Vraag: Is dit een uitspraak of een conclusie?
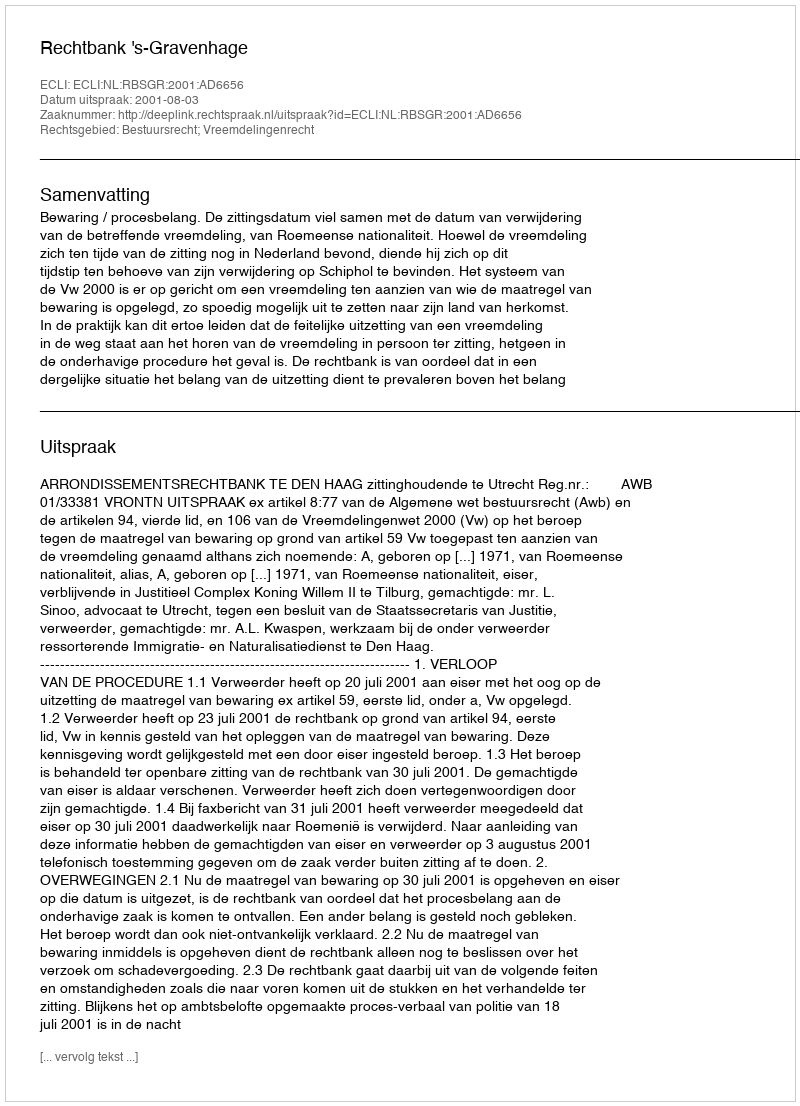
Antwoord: Uitspraak